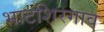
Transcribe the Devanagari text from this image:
भाटशिरगाव